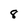
Character: 8